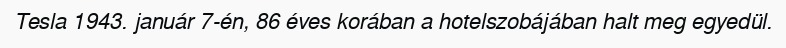
Tesla 1943. január 7-én, 86 éves korában a hotelszobájában halt meg egyedül.